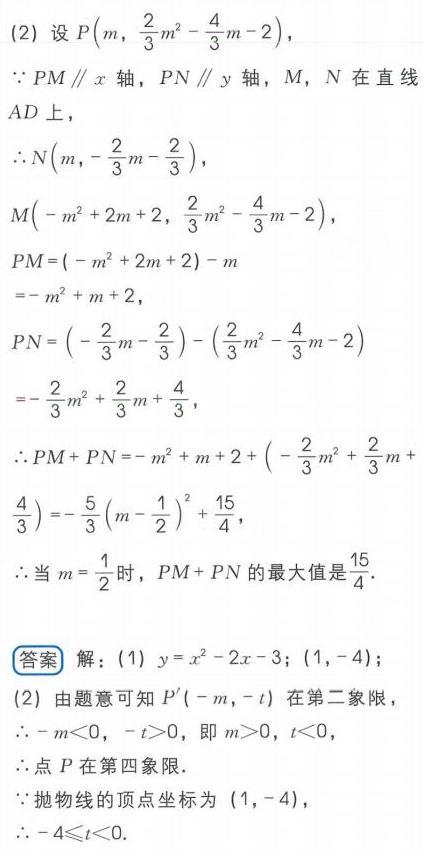
(2) 设\(P\left(m,\frac{2}{3}m^{2}-\frac{4}{3}m - 2\right)\)，
\(\because PM\parallel x\)轴，\(PN\parallel y\)轴，\(M\)，\(N\)在直线\(AD\)上，
\(\therefore N\left(m,-\frac{2}{3}m-\frac{2}{3}\right)\)，
\(M\left(-m^{2}+2m + 2,\frac{2}{3}m^{2}-\frac{4}{3}m - 2\right)\)，
\(PM=(-m^{2}+2m + 2)-m=-m^{2}+m + 2\)，
\(PN=\left(-\frac{2}{3}m-\frac{2}{3}\right)-\left(\frac{2}{3}m^{2}-\frac{4}{3}m - 2\right)=-\frac{2}{3}m^{2}+\frac{2}{3}m+\frac{4}{3}\)，
\(\therefore PM + PN=-m^{2}+m + 2+\left(-\frac{2}{3}m^{2}+\frac{2}{3}m+\frac{4}{3}\right)=-\frac{5}{3}\left(m-\frac{1}{2}\right)^{2}+\frac{15}{4}\)，
\(\therefore\)当\(m = \frac{1}{2}\)时，\(PM + PN\)的最大值是\(\frac{15}{4}\)．

**答案** 解：(1) \(y = x^{2}-2x - 3\)；\((1,-4)\)；
(2) 由题意可知\(P'(-m,-t)\)在第二象限
\(\therefore -m<0\)，\(-t>0\)，即\(m>0\)，\(t<0\)，
\(\therefore\)点\(P\)在第四象限．
\(\because\)抛物线的顶点坐标为\((1,-4)\)，
\(\therefore -4\leqslant t<0\)．